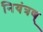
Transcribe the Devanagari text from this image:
नियंत्रण्‌